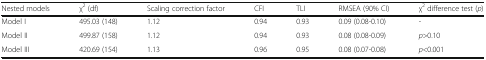
| Nested models | χ2 (df) | Scaling correction factor | CFI | TLI | RMSEA (90% CI) | χ2 difference test (p) |
 | --- | --- | --- | --- | --- | --- | --- |
 | Model I | 495.03 (148) | 1.12 | 0.94 | 0.93 | 0.09 (0.08-0.10) | - |
 | Model II | 499.87 (158) | 1.12 | 0.94 | 0.93 | 0.08 (0.08-0.09) | p>0.10 |
 | Model III | 420.69 (154) | 1.13 | 0.96 | 0.95 | 0.08 (0.07-0.08) | p<0.001 |